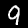
Label: 9